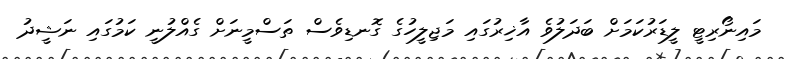
މައިނޯރިޓީ ލީޑަރުކަމަށް ބަދަލުވެ އާޚިރުގައި މަޖިލީހުގެ ގޮނޑިވެސް ތަސްމީނަށް ގެއްލުނީ ކަމުގައި ނަޝީދު